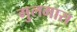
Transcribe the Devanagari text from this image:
गुलमास